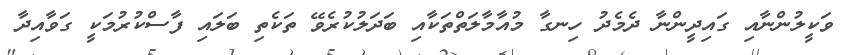
ވަކީލުންނާއި ގައިދީންނާ ދެމެދު ހިނގާ މުއާމާލަތްތަކާއި ބަދަލުކުރެވޭ ތަކެތި ބަލައި ފާސްކުރުމަކީ ގަވާއިދާ